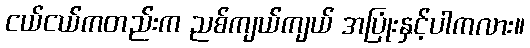
ငယ်ငယ်ကတည်းက ညစ်ကျယ်ကျယ် အပြုံးနှင့်ပါကလား။